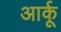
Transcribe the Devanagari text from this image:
आर्कू